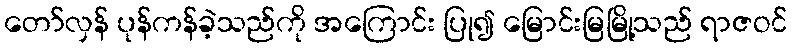
တော်လှန် ပုန်ကန်ခဲ့သည်ကို အကြောင်း ပြု၍ မြောင်းမြမြို့သည် ရာဇဝင်